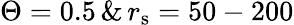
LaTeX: \Theta=0.5\, \& \, r_{\mathrm{s}}=50-200